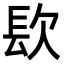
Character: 𨱟